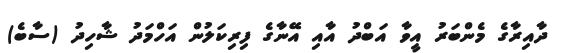
ދާއިރާގެ މެންބަރު އީވާ އަބްދު އާއި އޭނާގެ ފިރިކަލުން އަހްމަދު ޝާހިދު (ސާބެ)